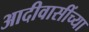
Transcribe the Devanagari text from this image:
आदीवासींच्या